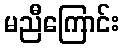
မညီကြောင်း